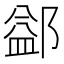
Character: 𨜶